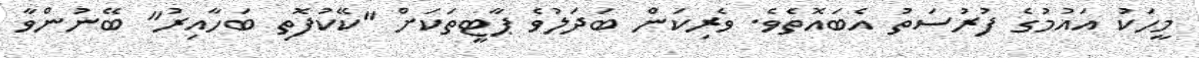
މީހަކު އައުމުގެ ފުރުސަތު އެބައޮތެވެ. ވެރިކަން ބަދަލުވެ ޕާޓީތަކަށް "ކޭކުފޮތި ބަހާއިރު" ބޭނުންވާ